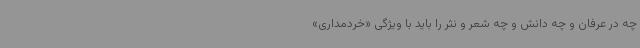
چه در عرفان و چه دانش و چه شعر و نثر را باید با ویژگی «خردمداری»